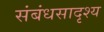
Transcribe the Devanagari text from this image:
संबंधसादृश्य